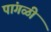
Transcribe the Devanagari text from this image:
पांगळी